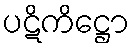
ပဋိကိဋ္ဌော